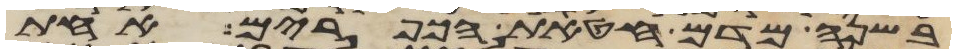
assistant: בשנה מדם חטאת הכפורים אחת